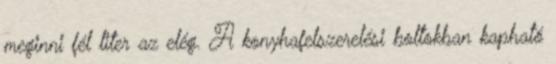
meginni fél liter az elég. A konyhafelszerelési boltokban kapható